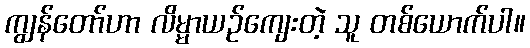
ကျွန်တော်ဟာ လိမ္မာယဉ်ကျေးတဲ့ သူ တစ်ယောက်ပါ။